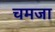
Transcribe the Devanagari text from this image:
चमजा